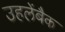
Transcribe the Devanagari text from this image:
उहलेंबैक